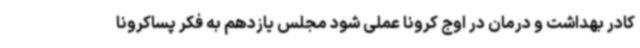
کادر بهداشت و درمان در اوج کرونا عملی شود مجلس یازدهم به فکر پساکرونا